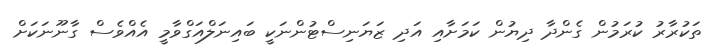
ތަކުރާރު ކުރަމުން ގެންދާ ދިޔުން ކަމަށާއި އަދި ޒަޔަނިސްޓުންނަކީ ބައިނަލްއަގްވާމީ އެއްވެސް ގާނޫނަކަށް